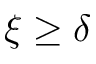
\xi \geq \delta